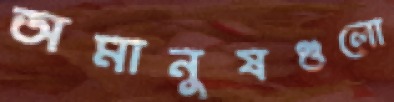
অমানুষগুলো